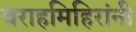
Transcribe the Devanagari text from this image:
वराहमिहिरांनी